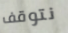
نتوقف